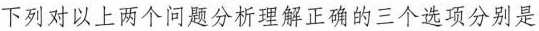
下列对以上两个问题分析理解正确的三个选项分别是